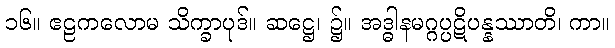
၁၆။ ဧဠကလောမ သိက္ခာပုဒ်။ ဆဋ္ဌေ၊ ၌။ အဒ္ဓါနမဂ္ဂပ္ပဋိပန္နဿာတိ၊ ကာ။